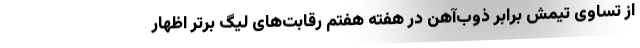
از تساوی تیمش برابر ذوب‌آهن در هفته هفتم رقابت‌های لیگ برتر اظهار